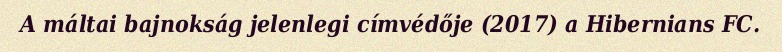
A máltai bajnokság jelenlegi címvédője (2017) a Hibernians FC.